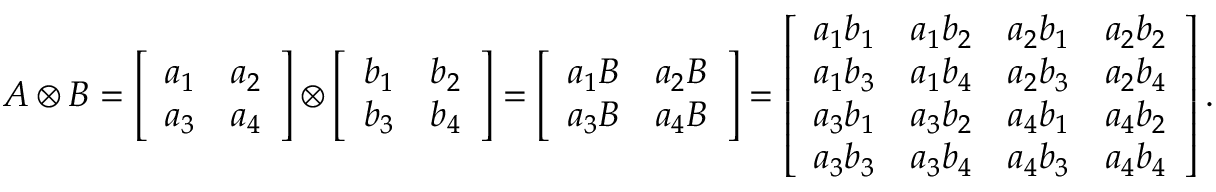
A \otimes B = \left[ \begin{array} { l l } { a _ { 1 } } & { a _ { 2 } } \\ { a _ { 3 } } & { a _ { 4 } } \end{array} \right] \otimes \left[ \begin{array} { l l } { b _ { 1 } } & { b _ { 2 } } \\ { b _ { 3 } } & { b _ { 4 } } \end{array} \right] = \left[ \begin{array} { l l } { a _ { 1 } B } & { a _ { 2 } B } \\ { a _ { 3 } B } & { a _ { 4 } B } \end{array} \right] = \left[ \begin{array} { l l l l } { a _ { 1 } b _ { 1 } } & { a _ { 1 } b _ { 2 } } & { a _ { 2 } b _ { 1 } } & { a _ { 2 } b _ { 2 } } \\ { a _ { 1 } b _ { 3 } } & { a _ { 1 } b _ { 4 } } & { a _ { 2 } b _ { 3 } } & { a _ { 2 } b _ { 4 } } \\ { a _ { 3 } b _ { 1 } } & { a _ { 3 } b _ { 2 } } & { a _ { 4 } b _ { 1 } } & { a _ { 4 } b _ { 2 } } \\ { a _ { 3 } b _ { 3 } } & { a _ { 3 } b _ { 4 } } & { a _ { 4 } b _ { 3 } } & { a _ { 4 } b _ { 4 } } \end{array} \right] .